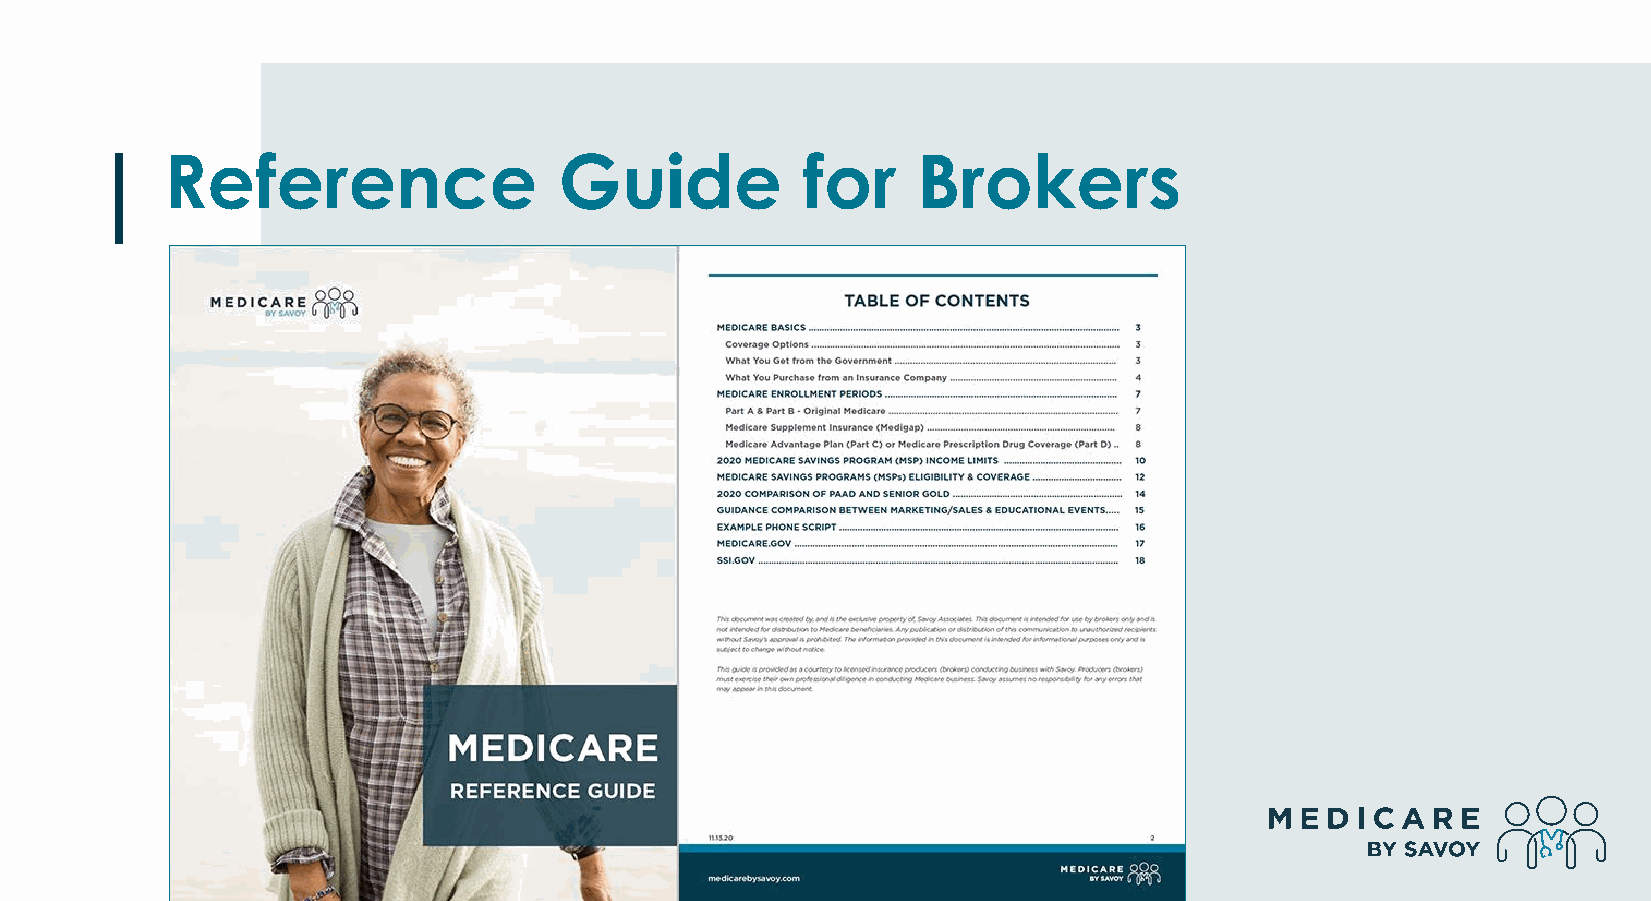
Reference                 Guide           for     Brokers